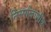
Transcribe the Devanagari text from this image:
निसर्गजाणीव